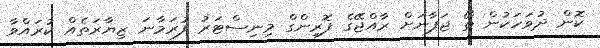
ކޮން ދުވަހަކުން ތޯ ޖަޕާނަށް ރާއްޖޭގެ ފޮރިންގް މިނިސްޓަރު ފުރަމާނަ ޒިޔާރަތެއް ކުރައްވާ